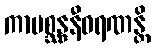
ကာမစ္ဆန္ဒနီဝရဏန္တိ